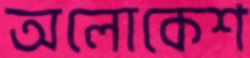
অলোকেশ